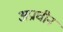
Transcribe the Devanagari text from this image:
अप्राचीन